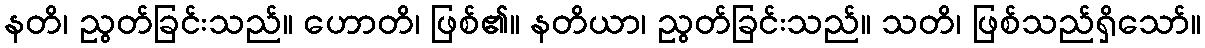
နတိ၊ ညွတ်ခြင်းသည်။ ဟောတိ၊ ဖြစ်၏။ နတိယာ၊ ညွတ်ခြင်းသည်။ သတိ၊ ဖြစ်သည်ရှိသော်။